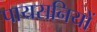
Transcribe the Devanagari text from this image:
पायसनियों